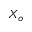
X _ { o }